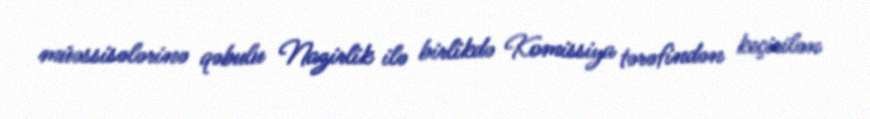
müəssisələrinə qəbulu Nazirlik ilə birlikdə Komissiya tərəfindən keçirilən